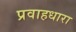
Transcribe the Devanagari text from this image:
प्रवाहधारा